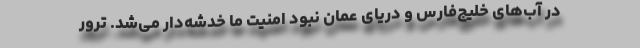
در آب‌های خلیج‌فارس و دریای عمان نبود امنیت ما خدشه‌دار می‌شد. ترور